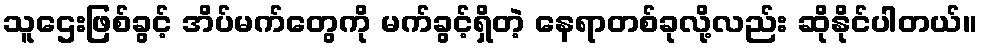
သူဌေးဖြစ်ခွင့် အိပ်မက်တွေကို မက်ခွင့်ရှိတဲ့ နေရာတစ်ခုလို့လည်း ဆိုနိုင်ပါတယ်။